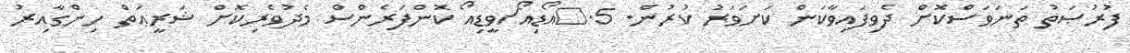
ފުރުޞަތު ތަނަވަސްކޮށް ދެވިފައިވާކަން ކަށަވަރު ކުރުން. 5.	އޯޑިއޯ/ވީޑިއޯ ކޮންފަރެންސް މެދުވެރިކޮށް ޝަރީޢަތް ހިންގާއިރު